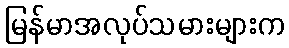
မြန်မာအလုပ်သမားများက